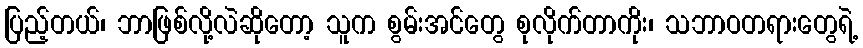
ပြည့်တယ်၊ ဘာဖြစ်လို့လဲဆိုတော့ သူက စွမ်းအင်တွေ စုလိုက်တာကိုး၊ သဘာဝတရားတွေရဲ့